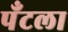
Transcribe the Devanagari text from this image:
पँटला